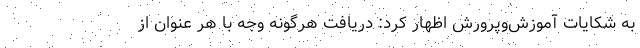
به شکایات آموزش‌وپرورش اظهار کرد: دریافت هرگونه وجه با هر عنوان از